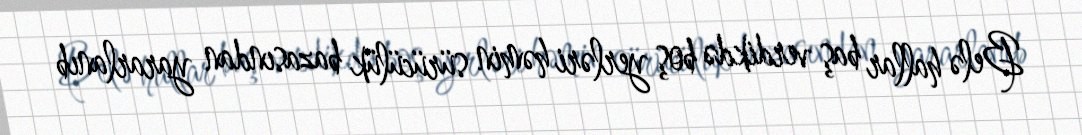
Belə hallar baş verdikdə boş yerləri həmin sürücülük bazasından yararlanıb